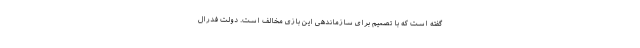
گفته است که با تصمیم برای سازماندهی این بازی مخالف است. دولت فدرال